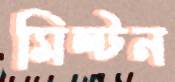
মিল্টন